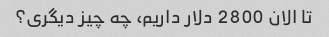
تا الان 2800 دلار داریم، چه چیز دیگری؟